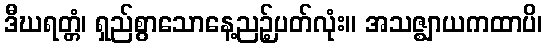
ဒီဃရတ္တံ၊ ရှည်စွာသောနေ့ညဉ့်ပတ်လုံး။ အသဇ္ဈာယကထာပိ၊